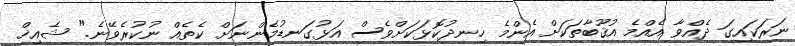
ނަރަކައިގަ ދެއްވާ އެއްމެ އުޤޫބާތަކަށް އެންމެ ހިނދުކޮޅަކަށްވެސް އަޅުގަނޑުމެންނަށް ކެތެއް ނުކުރެވޭނެ." ޝެއިޚް